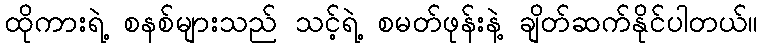
ထိုကားရဲ့ စနစ်များသည် သင့်ရဲ့ စမတ်ဖုန်းနဲ့ ချိတ်ဆက်နိုင်ပါတယ်။